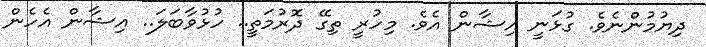
ދިޔުމުންނެވެ. ގުޅަނީ އިޝާން އެވެ. މިހުރީ ތިގޭ ދޮރުމަތީ.. ހުޅުވާބަލަ.. އިޝާން އެހެން